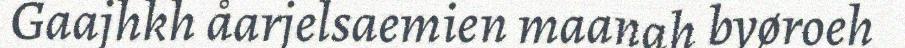
Gaajhkh åarjelsaemien maanah byøroeh